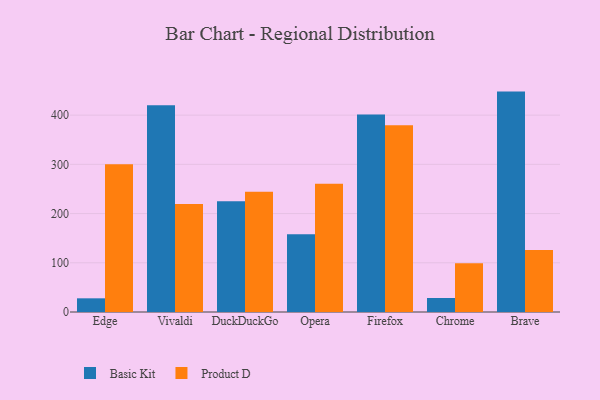
{"axis": {"x": "Browser", "y": "Latency (ms)"}, "legend": ["Basic Kit", "Product D"], "data": [{"x": "Edge", "y": 27.8, "type": "Basic Kit"}, {"x": "Edge", "y": 300.0, "type": "Product D"}, {"x": "Vivaldi", "y": 420.2, "type": "Basic Kit"}, {"x": "Vivaldi", "y": 219.6, "type": "Product D"}, {"x": "DuckDuckGo", "y": 225.0, "type": "Basic Kit"}, {"x": "DuckDuckGo", "y": 244.2, "type": "Product D"}, {"x": "Opera", "y": 158.1, "type": "Basic Kit"}, {"x": "Opera", "y": 260.5, "type": "Product D"}, {"x": "Firefox", "y": 401.1, "type": "Basic Kit"}, {"x": "Firefox", "y": 379.2, "type": "Product D"}, {"x": "Chrome", "y": 28.5, "type": "Basic Kit"}, {"x": "Chrome", "y": 98.9, "type": "Product D"}, {"x": "Brave", "y": 447.8, "type": "Basic Kit"}, {"x": "Brave", "y": 126.2, "type": "Product D"}]}